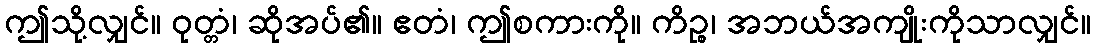
ဤသို့လျှင်။ ဝုတ္တံ၊ ဆိုအပ်၏။ ဧတံ၊ ဤစကားကို။ ကိဉ္စ၊ အဘယ်အကျိုးကိုသာလျှင်။